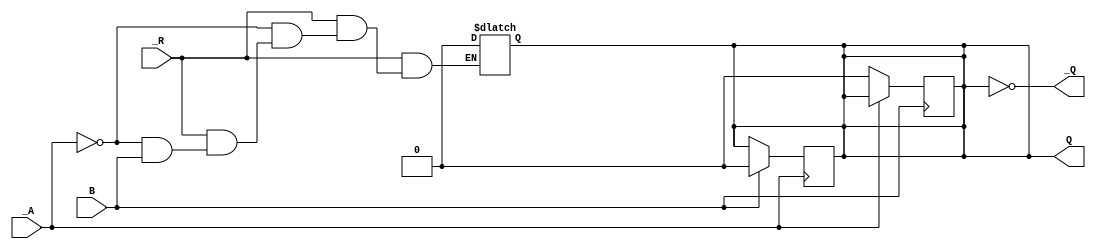
module hct74423 (
    input _A, B, _R, 
    output Q, _Q
);
    
    parameter PulseWidth=100;
    parameter TriggerPD=25;

    // NEEDED FOR SHORT /WE PULSE ON RISING EDGE OF CLOCK FOR
    // 74HCT670 WHOSE MIN write pulse width is 20ns.
    // HOW IN PRACTICE? RC? OR MORE GATES AS SHOWN HERE?

    // simulate 74HCT123
    reg q;
    assign Q = q;
    assign _Q = !Q;

    always @* begin
        if (_R) begin
            if (_A) 
                q=0;
            else if (!B) 
                q=0;
        end
        else
        begin
            q=0;
        end
    end
    

    always @(posedge B) begin
        if (!_A) begin
            #TriggerPD
            q=1;
            #PulseWidth
            q=0;
        end
    end

    always @(negedge _A) begin
        if (B) begin
            #TriggerPD
            q=1;
            #PulseWidth
            q=0;
        end
    end
    
endmodule